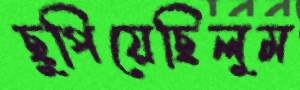
ছুপিয়েছিলুম